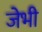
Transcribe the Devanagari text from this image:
जेभी